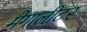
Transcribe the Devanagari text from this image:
मेगालीटर